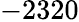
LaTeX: -2320